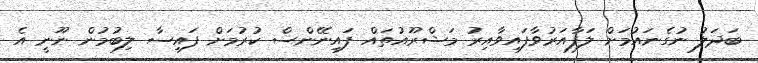
ބަދަލު ނުގެނައުމަށް ލަފާއަރުވާފައިވާއިރު މަޝްރޫއުތައް ފައިނޭންސް ކުރުމަށް ފައިސާ ލިބުމުން ނޫނީ އެ